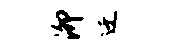
泖迁